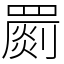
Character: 罽